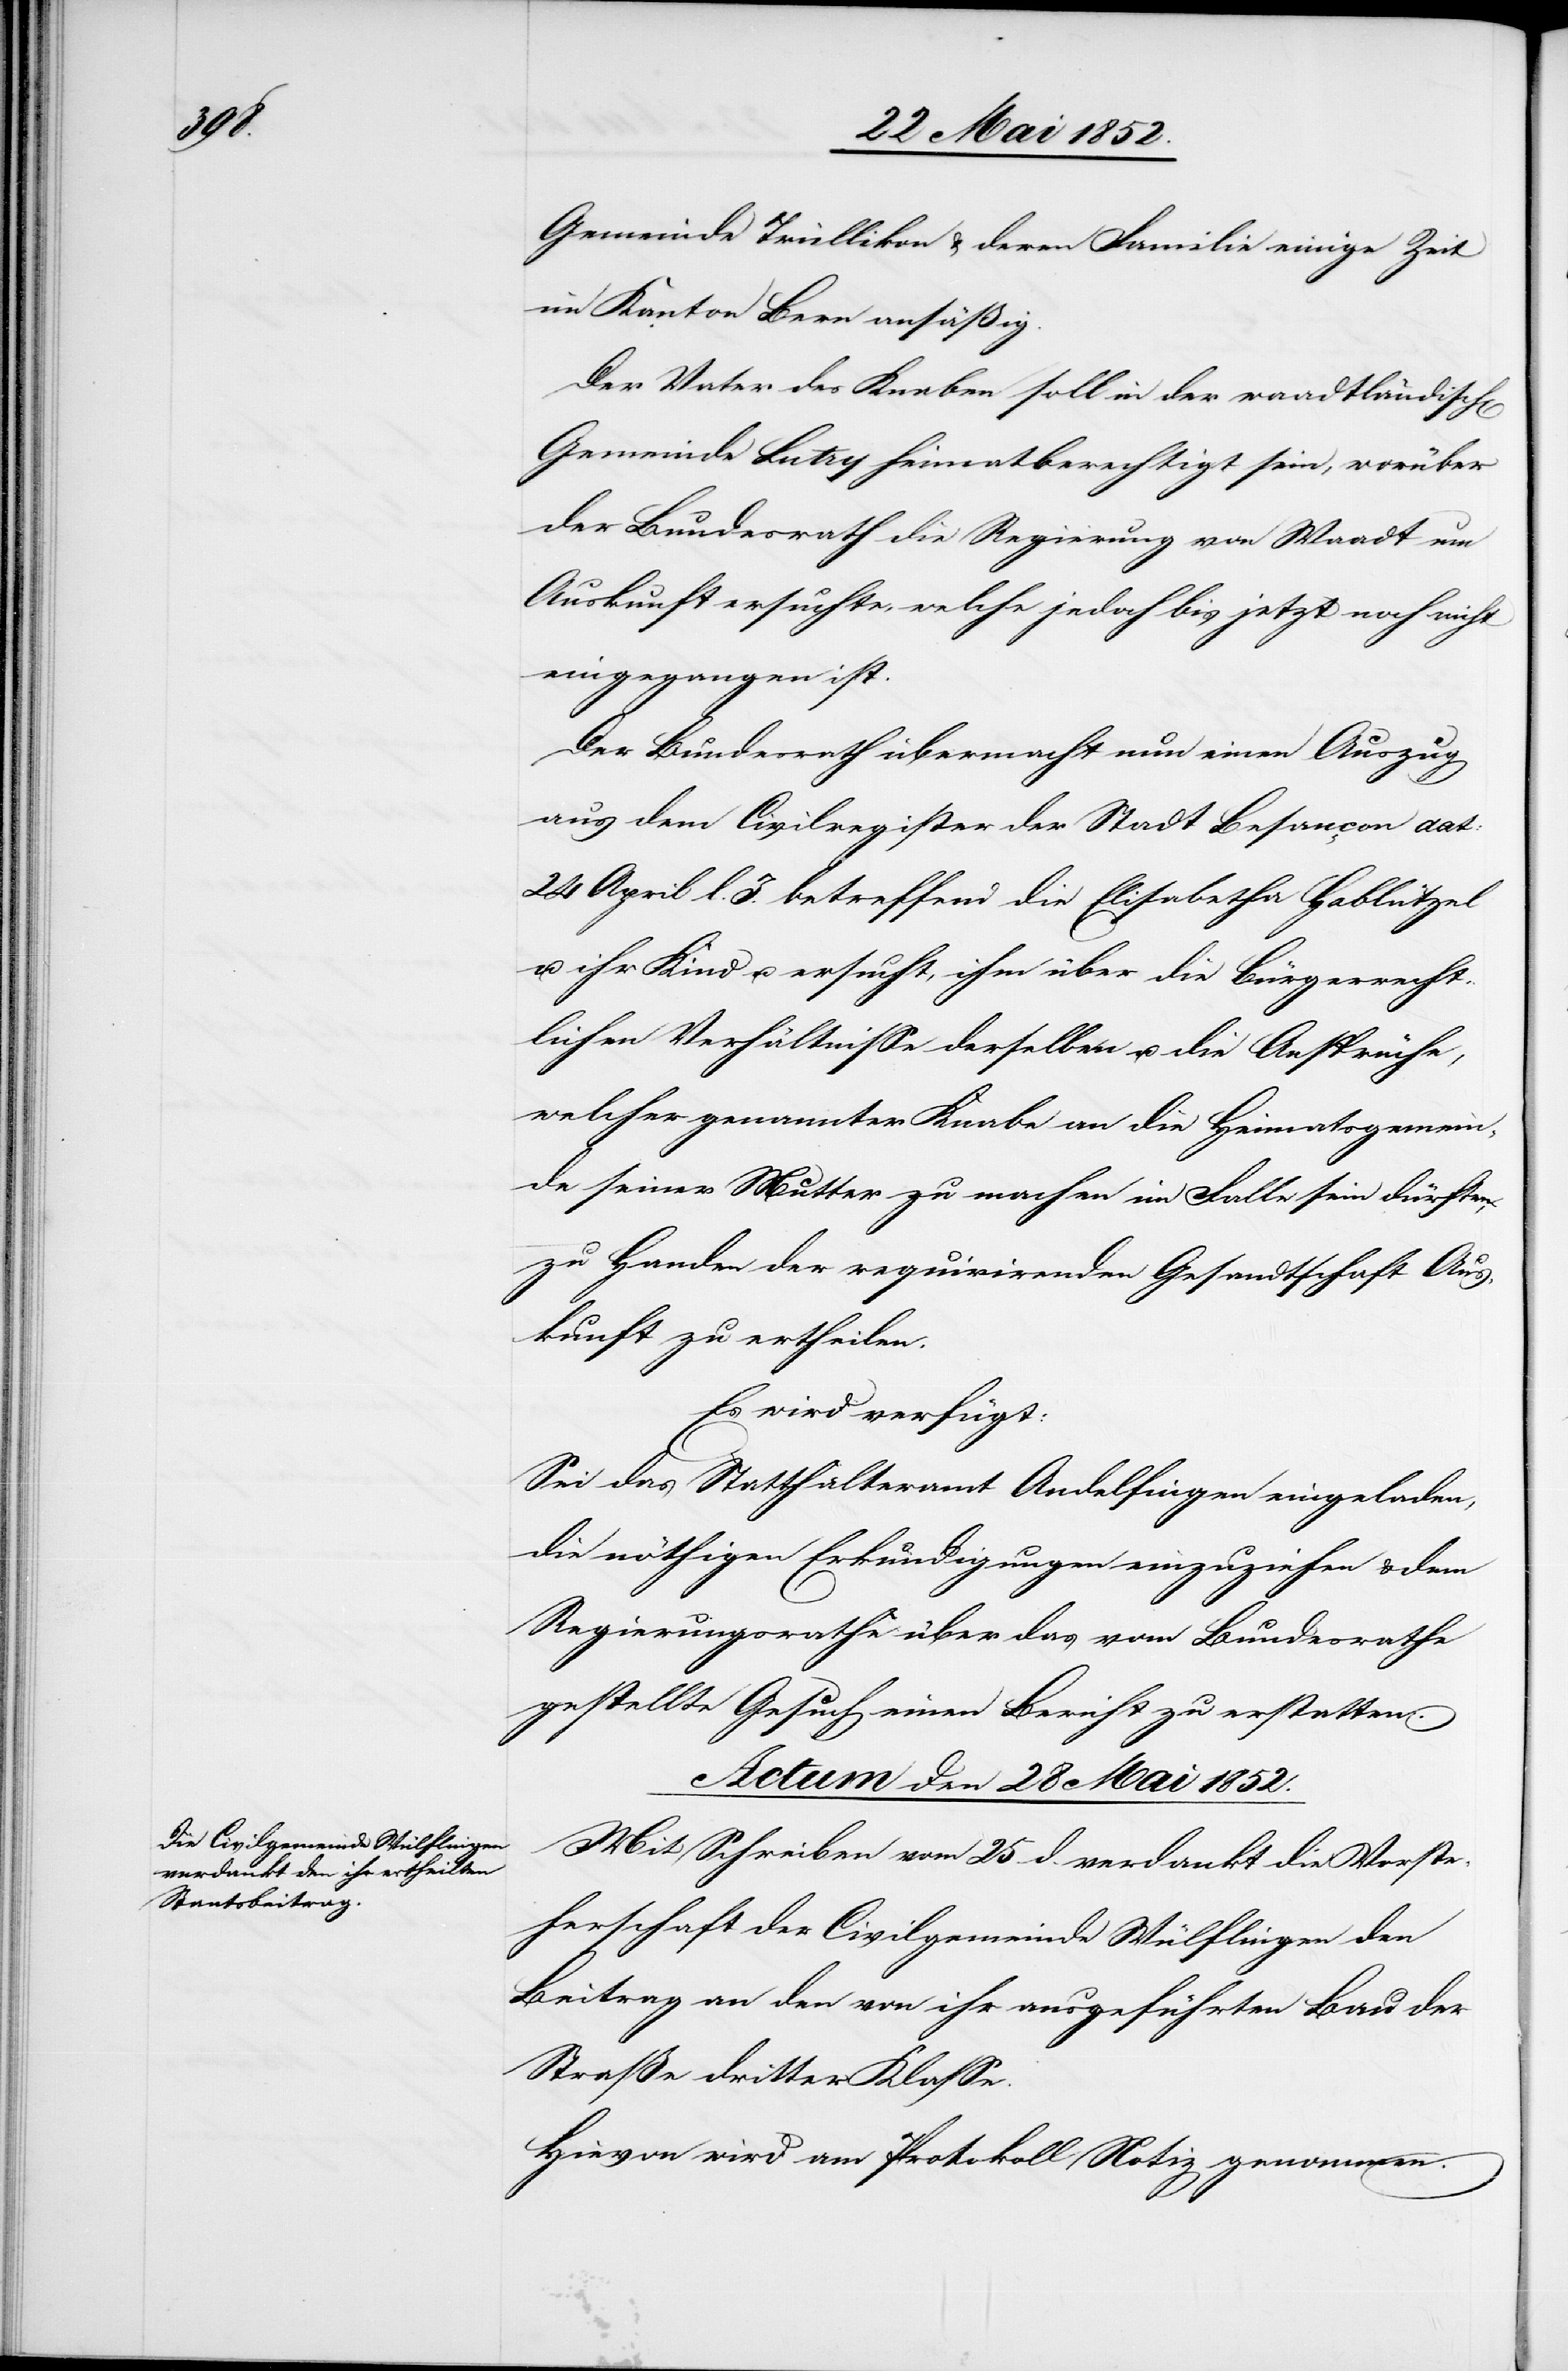
Gemeinde Trüllikon & deren Familie einige Zeit
im Kanton Bern ansäßig.
Der Vater des Knaben soll in der waadtländisch[en]
Gemeinde Lutry heimatberechtigt sein, worüber
der Bundesrath die Regierung von Waadt um
Auskunft ersuchte, welche jedoch bis jetzt noch nicht
eingegangen ist.
Der Bundesrath übermacht nun einen Auszug
aus dem Civilregister der Stadt Besançon dat:
24 April l. J. betreffend die Elisabetha Hablützel
u. ihr Kind u. ersucht, ihm über die Bürgerrecht¬
lichen Verhältnisse derselben u. die Ansprüche,
welcher genannter Knabe an die Heimatsgemein¬
de seiner Mutter zu machen im Falle sein dürfte,
zu Handen der requirirenden Gesandtschaft Aus¬
kunft zu ertheilen.
Es wird verfügt:
Sei das Statthalteramt Andelfingen eingeladen,
die nöthigen Erkundigungen einzuziehen & dem
Regierungsrathe über das vom Bundesrathe
gestellte Gesuch einen Bericht zu erstatten.
Actum den 28 Mai 1852.
Mit Schreiben vom 25 d. verdankt die Vorste¬
herschaft der Civilgemeinde Wülflingen den
Beitrag an den von ihr ausgeführten Bau der
Straße dritter Klasse.
Hievon wird am Protokoll Notiz genommen.